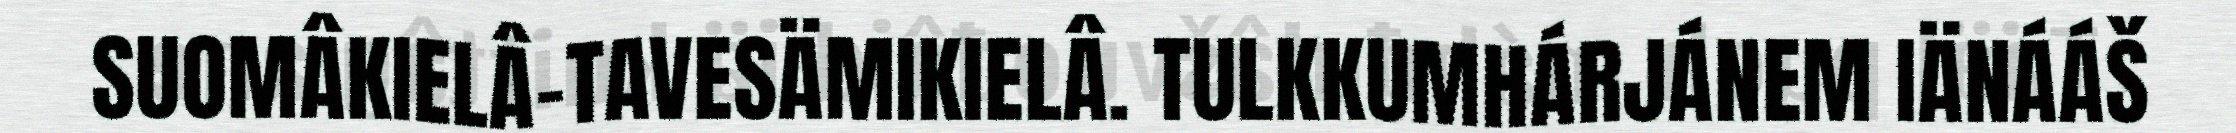
SUOMÂKIELÂ-TAVESÄMIKIELÂ. TULKKUMHÁRJÁNEM IÄNÁÁŠ